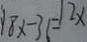
y 8 x - 3 6 = 1 2 x